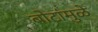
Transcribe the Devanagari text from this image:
बोटांमुळे